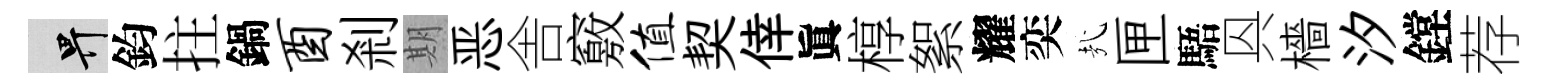
畀鈞拄鍋酉剎期恶舎竅值契倖眞椁絮耀奕㢤匣䮏㒷檣汐鏜荐